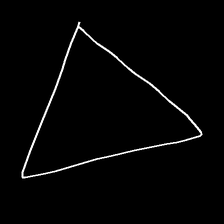
Glyph: convergence